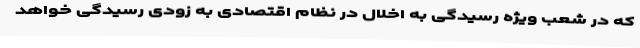
که در شعب ویژه رسیدگی به اخلال در نظام اقتصادی به زودی رسیدگی خواهد